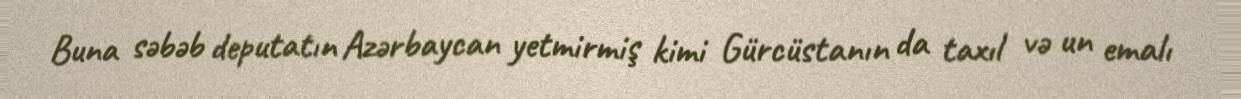
Buna səbəb deputatın Azərbaycan yetmirmiş kimi Gürcüstanın da taxıl və un emalı